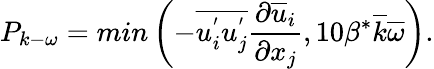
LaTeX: P_{k-\omega}=min\left(-\overline{{u_{i}^{'}u_{j}^{'}}}\frac{\partial\overline{{u}}_{i}}{\partial x_{j}},10\beta^{*}\overline{{k}}\overline{{\omega}}\right).